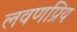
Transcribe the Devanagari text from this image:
लवणप्रिय